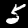
Label: 5